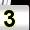
Digit: 3